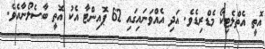
އޮތީ އެތްލެޓިކޯ މެޑްރިޑެވެ. އަދި އެއްވަނައިގައި 62 ޕޮއިންޓާ އެކު އޮތީ ބާސެލޯނާއެވެ.